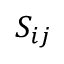
S _ { i j }